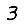
Digit: 3